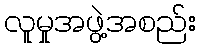
လူမှုအဖွဲ့အစည်း